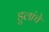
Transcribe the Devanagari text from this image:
डुलांचे